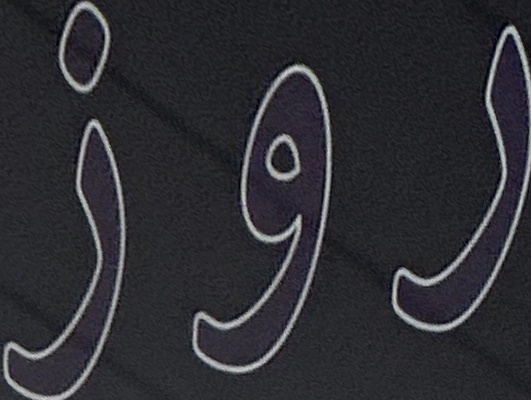
روز